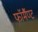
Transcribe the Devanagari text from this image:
फॉर्मैण्ट